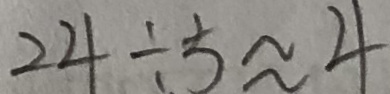
2 4 \div 5 \approx 4